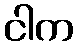
ငါက